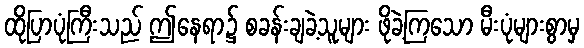
ထိုပြာပုံကြီးသည် ဤနေရာ၌ စခန်းချခဲ့သူများ ဖိုခဲ့ကြသော မီးပုံများစွာမှ